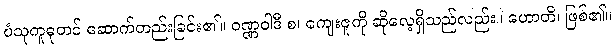
ပံသုကူဓုတင် ဆောက်တည်းခြင်း၏။ ဝဏ္ဏဝါဒီ စ၊ ကျေးဇူကို ဆိုလေ့ရှိသည်လည်း။ ဟောတိ၊ ဖြစ်၏။